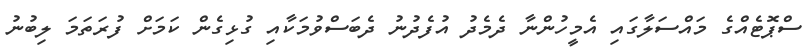
ސްޕޮޓެއްގެ މައްސަލާގައި އެމީހުންނާ ދެމެދު އުފެދުނު ދެބަސްވުމަކާއި ގުޅިގެން ކަމަށް ފުރަތަމަ ލިބުނު